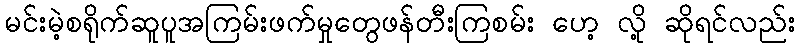
မင်းမဲ့စရိုက်ဆူပူအကြမ်းဖက်မှုတွေဖန်တီးကြစမ်း ဟေ့ လို့ ဆိုရင်လည်း